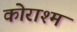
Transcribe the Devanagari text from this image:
कोराश्म